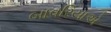
બાવરિયાએ